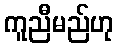
ကူညီမည်ဟု